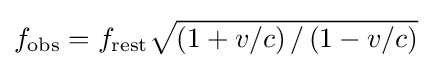
f_{\mathrm {obs} }=f_{\mathrm {rest} }{\sqrt {\left({1+v/c}\right)/\left({1-v/c}\right)}}